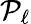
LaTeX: \mathcal{P}_{\ell}